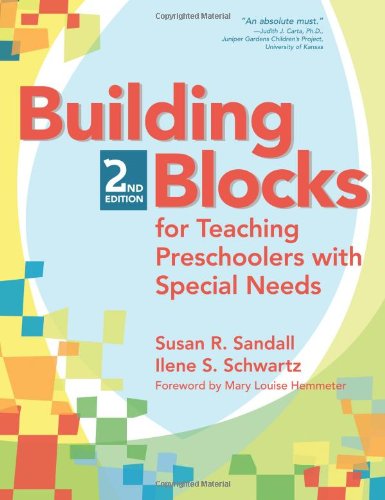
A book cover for Building Blocks for Teaching Preschoolers with Special Needs, Second Edition; Susan Sandall Ph.D.; Health, Fitness & Dieting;